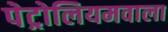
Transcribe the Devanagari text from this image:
पेट्रोलियमवाला